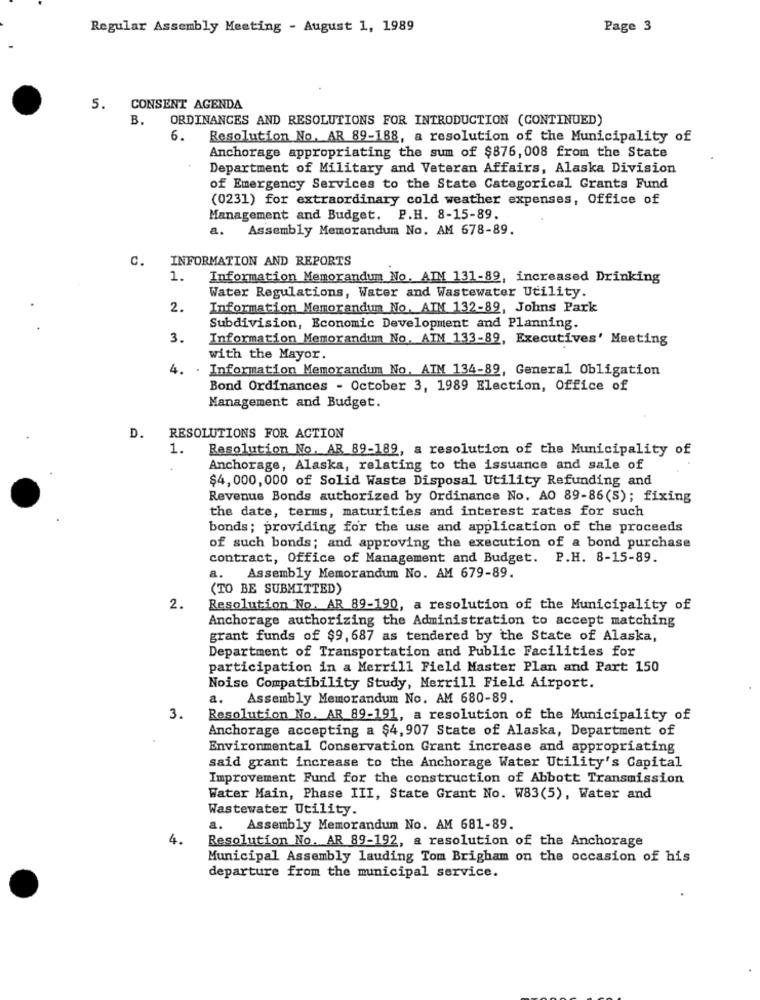
Regular Assembly Meeting - August 1, 1989
Page 3
5. CONSENT AGENDA
ORDINANCES AND RESOLUTIONS FOR INTRODUCTION (CONTINUED)
B.
6.
Resolution No. AR 89-188, a resolution of the Municipality of
Anchorage appropriating the sum of $876, 008 from the State
Department of Military and Veteran Affairs, Alaska Division
of Emergency Services to the State Categorical Grants Fund
(0231) for extraordinary cold weather expenses, Office of
Management and Budget. P.H. 8-15-89.
a.
Assembly Memorandum No. AM 678-89.
C.
INFORMATION AND REPORTS
1.
Information Memorandum No. AIN 131-89, increased Drinking
Water Regulations, Water and Wastewater Utility.
2.
Information Memorandum No. AIN 132-89, Johns Park
Subdivision, Economic Development and Planning.
3.
Information Memorandum No. AIM 133-89, Executives' Meeting
with the Mayor.
4. . Information Memorandum No. AIN 134-89, General Obligation
Bond Ordinances - October 3, 1989 Election, Office of
Management and Budget.
D.
RESOLUTIONS FOR ACTION
1.
Resolution No. AR 89-189, a resolution of the Municipality of
+
Anchorage, Alaska, relating to the issuance and sale of
$4,000,000 of Solid Waste Disposal Utility Refunding and
Revenue Bonds authorized by Ordinance No. AO 89-86(S); fixing
the date, terms, maturities and interest rates for such
bonds; providing for the use and application of the proceeds
of such bonds; and approving the execution of a bond purchase
contract, Office of Management and Budget. P.H. 8-15-89.
a.
Assembly Memorandum No. AM 679-89.
(TO BE SUBMITTED)
2.
Resolution No. AR 89-190, a resolution of the Municipality of
Anchorage authorizing the Administration to accept matching
grant funds of $9, 687 as tendered by the State of Alaska,
Department of Transportation and Public Facilities for
participation in a Merrill Field Master Plan and Part 150
Noise Compatibility Study, Merrill Field Airport.
a. Assembly Memorandum No. AM 680-89.
3.
Resolution No. AR 89-191, a resolution of the Municipality of
Anchorage accepting a $4,907 State of Alaska, Department of
Environmental Conservation Grant increase and appropriating
said grant increase to the Anchorage Water Utility's Capital
Improvement Fund for the construction of Abbott Transmission
Water Main, Phase III, State Grant No. W83(5), Water and
Wastewater Utility.
a. Assembly Memorandum No. AM 681-89.
4.
Resolution No. AR 89-192, a resolution of the Anchorage
Municipal Assembly lauding Tom Brigham on the occasion of his
departure from the municipal service.